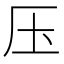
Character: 压